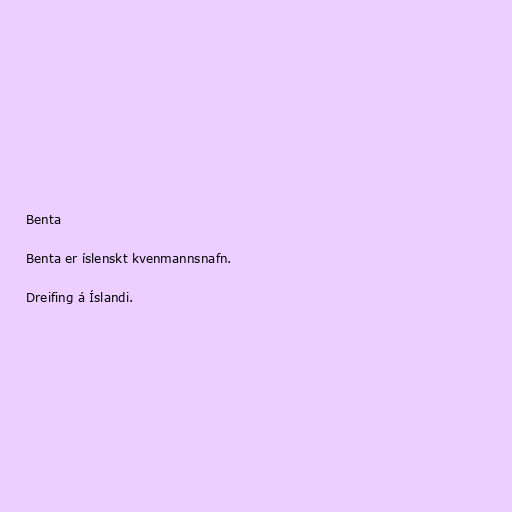
Benta

Benta er íslenskt kvenmannsnafn.

Dreifing á Íslandi.